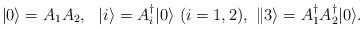
LaTeX: \begin{align*}|0\rangle={{A}}_1{{A}}_2,\ \ |i\rangle={A}_{i}^{\dagger}|0\rangle\ ({i}=1,2),\ \|3\rangle={A}^{\dagger}_{1}{A}^{\dagger}_{2}|0\rangle.\end{align*}